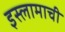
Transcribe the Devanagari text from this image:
इस्लामाची